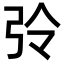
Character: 𢏀